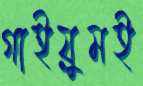
গাইয়ুমই